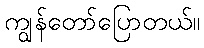
ကျွန်တော်ပြောတယ်။